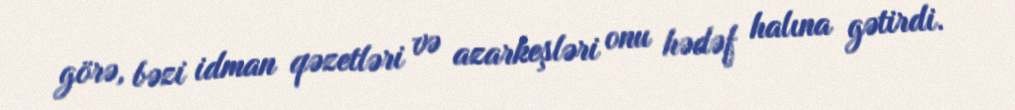
görə, bəzi idman qəzetləri və azarkeşləri onu hədəf halına gətirdi.